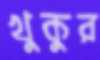
খুকুর